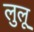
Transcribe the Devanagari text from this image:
लुलू